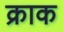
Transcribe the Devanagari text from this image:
क्राक